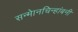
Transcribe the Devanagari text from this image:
सन्माेनचिन्हांबनी